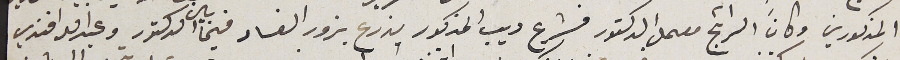
المذكورين وكان الرائج معمل الدكتور فشرع ديب المذكور يزرع بزور الفساد فيما بين الدكتور وعبد الله افندي